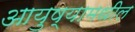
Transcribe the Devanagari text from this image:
आयुष्यामधील